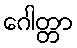
ဂေါတ္တာ